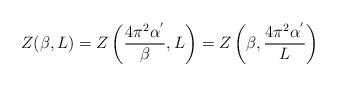
LaTeX: \begin{align*}Z(\beta,L)=Z\left(\frac{4\pi^{2}\alpha^{'}}{\beta},L\right)= Z\left(\beta,\frac{4\pi^{2}\alpha^{'}}{L}\right)\end{align*}